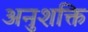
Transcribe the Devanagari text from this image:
अनुशक्ति